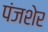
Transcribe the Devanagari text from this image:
पंजशेर